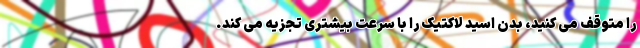
را متوقف می کنید، بدن اسید لاکتیک را با سرعت بیشتری تجزیه می کند.